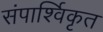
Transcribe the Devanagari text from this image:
संपार्श्विकृत